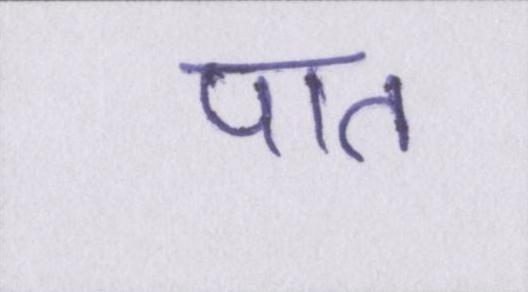
पात